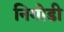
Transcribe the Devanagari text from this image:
निगोडी